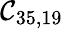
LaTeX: \mathcal{C}_{35,19}